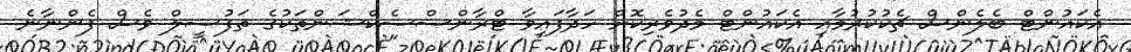
އެކައުންޓް ބެލެންސް ޗެކުކުރުމާއި އެކައުންޓް މެދުވެރިކޮށް ހަދާފައިވާ ޓްރާންސްސެކްޝަންތަކުގެ ތަފުސީލް ވެސް ފެންނާނެ